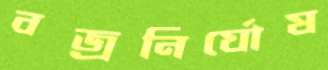
বজ্রনির্ঘোষ